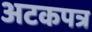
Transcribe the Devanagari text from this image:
अटकपत्र